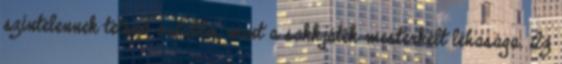
színtelennek tetsző ostábla, mint a sakkjáték mesterkélt léhasága. Az